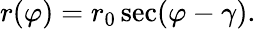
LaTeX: r(\varphi)=r_{0}\sec(\varphi-\gamma).